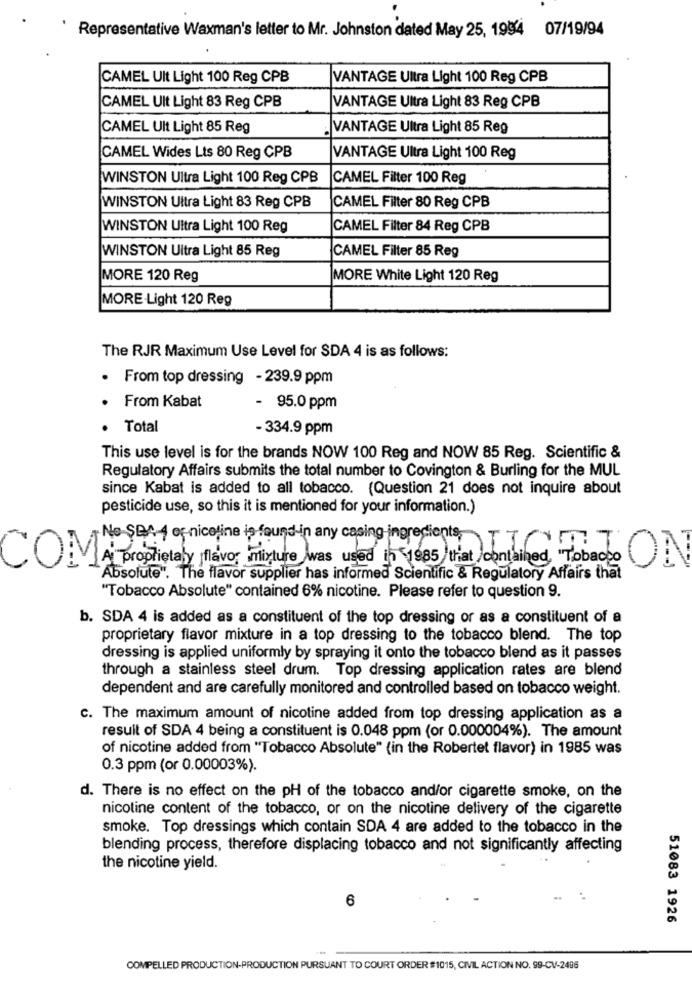
Representative Waxman's letter to Mr. Johnston dated May 25, 1994 07/19/94
CAMEL Ult Light 100 Reg CPB
VANTAGE Ultra Light 100 Reg CPB
CAMEL Ult Light 83 Reg CPB
VANTAGE Ultra Light 83 Reg CPB
CAMEL Ult Light 85 Reg
. VANTAGE Ultra Light 85 Reg
CAMEL Wides Lts 80 Reg CPB
VANTAGE Ultra Light 100 Reg
WINSTON Ultra Light 100 Reg CPB
CAMEL Filter 100 Reg
WINSTON Ultra Light 83 Reg CPB
CAMEL Filter 80 Reg CPB
WINSTON Ultra Light 100 Reg
CAMEL Filter 84 Reg CPB
WINSTON Ultra Light 85 Reg
CAMEL Filter 85 Reg
MORE 120 Reg
MORE White Light 120 Reg
MORE-Light 120 Reg
The RJR Maximum Use Level for SDA 4 is as follows:
From top dressing - 239.9 ppm
From Kabat
- 95.0 ppm
Total
- 334.9 ppm
This use level is for the brands NOW 100 Reg and NOW 85 Reg. Scientific &
Regulatory Affairs submits the total number to Covington & Burling for the MUL
since Kabat is added to all tobacco. (Question 21 does not inquire about
pesticide use, so this it is mentioned for your information.)
No SEA-4 of nicoline is found in any casing ingredients\TO
COMMA proprietaly flavor mixture was used in 1985 that contained, "Tobacco
ON
Absolute". The flavor supplier has informed Scientific & Regulatory Affairs that
"Tobacco Absolute" contained 6% nicotine. Please refer to question 9.
b. SDA 4 is added as a constituent of the top dressing or as a constituent of a
proprietary flavor mixture in a top dressing to the tobacco blend. The top
dressing is applied uniformly by spraying it onto the tobacco blend as it passes
through a stainless steel drum. Top dressing application rates are blend
dependent and are carefully monitored and controlled based on tobacco weight.
c. The maximum amount of nicotine added from top dressing application as a
result of SDA 4 being a constituent is 0.048 ppm (or 0.000004%). The amount
of nicotine added from "Tobacco Absolute" (in the Robertet flavor) in 1985 was
0.3 ppm (or 0.00003%).
d. There is no effect on the pH of the tobacco and/or cigarette smoke, on the
nicotine content of the tobacco, or on the nicotine delivery of the cigarette
smoke. Top dressings which contain SDA 4 are added to the tobacco in the
blending process, therefore displacing tobacco and not significantly affecting
the nicotine yield.
6
51083 1926
COMPELLED PRODUCTION-PRODUCTION PURSUANT TO COURT ORDER #1015, CIVIL ACTION NO. 99-CV-2496